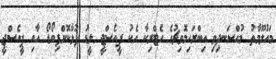
މައުލޫމާތު މުއްސަނދިވި އިބްރަހިމޮވިޗުގެ ހެޓްރިކާ އެކު ޕީއެސްޖީ ލީޑު ފުޅާކޮށްފިބޯޑޯ އާއި ޕީއެސްޖީ